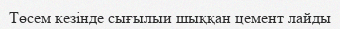
Төсем кезінде сығылыи шыққан цемент лайды